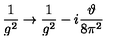
\frac { 1 } { g ^ { 2 } } \to \frac { 1 } { g ^ { 2 } } - i \frac { \vartheta } { 8 \pi ^ { 2 } }